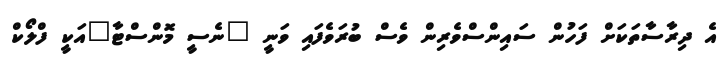
އެ ދިރާސާތަކަށް ފަހުން ސައިންސްވެރިން ވެސް ބުރަވެފައި ވަނީ "ނެސީ މޮންސްޓާ"އަކީ ފްލޯކް